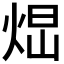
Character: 𤉆